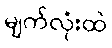
မျက်လုံးထဲ